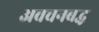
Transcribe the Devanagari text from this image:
अवचनबद्ध